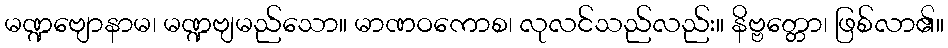
မဏ္ဍဗျောနာမ၊ မဏ္ဍဗျမည်သော။ မာဏဝကောစ၊ လုလင်သည်လည်း။ နိဗ္ဗတ္တော၊ ဖြစ်လာ၏။